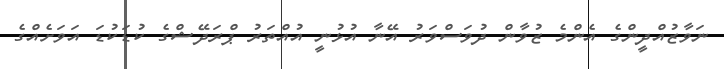
ނަވާޒުއްދީންގެ އެންމެ ޒުވާން ދުވަސްވަރު އޭނާ އުޅުނީ އުއްތަރު ޕްރަދޭޝްގެ ކުޑަކުޑަ އަވަށެއްގެ